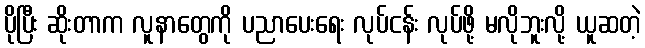
ပိုပြီး ဆိုးတာက လူနာတွေကို ပညာပေးရေး လုပ်ငန်း လုပ်ဖို့ မလိုဘူးလို့ ယူဆတဲ့